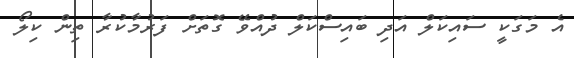
އެ މަގަކީ ސައިކަލް އަދި ބައިސްކަލް ދުއްވޭ ގޮތަށް ފަރުމާކުރާ ތިން ކިލޯ